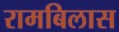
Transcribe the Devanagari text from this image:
रामबिलास